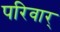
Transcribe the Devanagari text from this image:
परिवार्